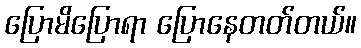
ပြောမိပြောရာ ပြောနေတတ်တယ်။